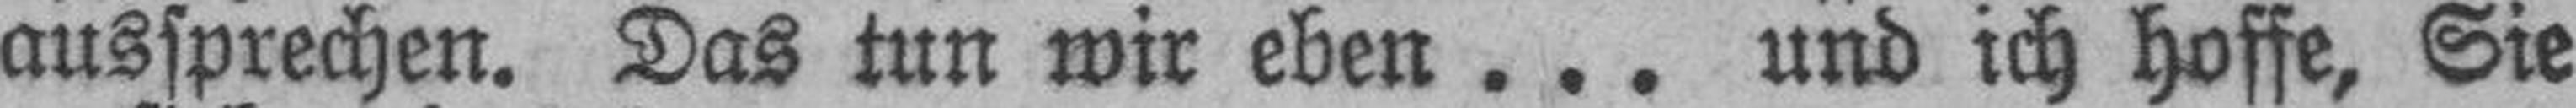
aussprechen. Das tun wir eben ... und ich hoffe, Sie